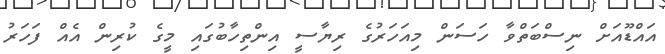
އައްޑޫއަށް ނިސްބަތްވާ ހަސަން މިއަހަރުގެ ރިޔާސީ އިންތިހާބުގައި މީގެ ކުރިން އެއް ފަހަރު